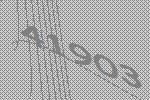
41903